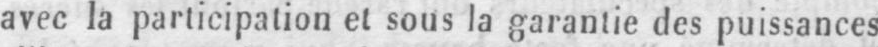
avec la participation et sous la garantie des puissances